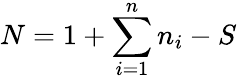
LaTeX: N=1+\sum_{i=1}^{n}n_{i}-S